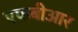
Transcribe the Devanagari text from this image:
एफबीआर